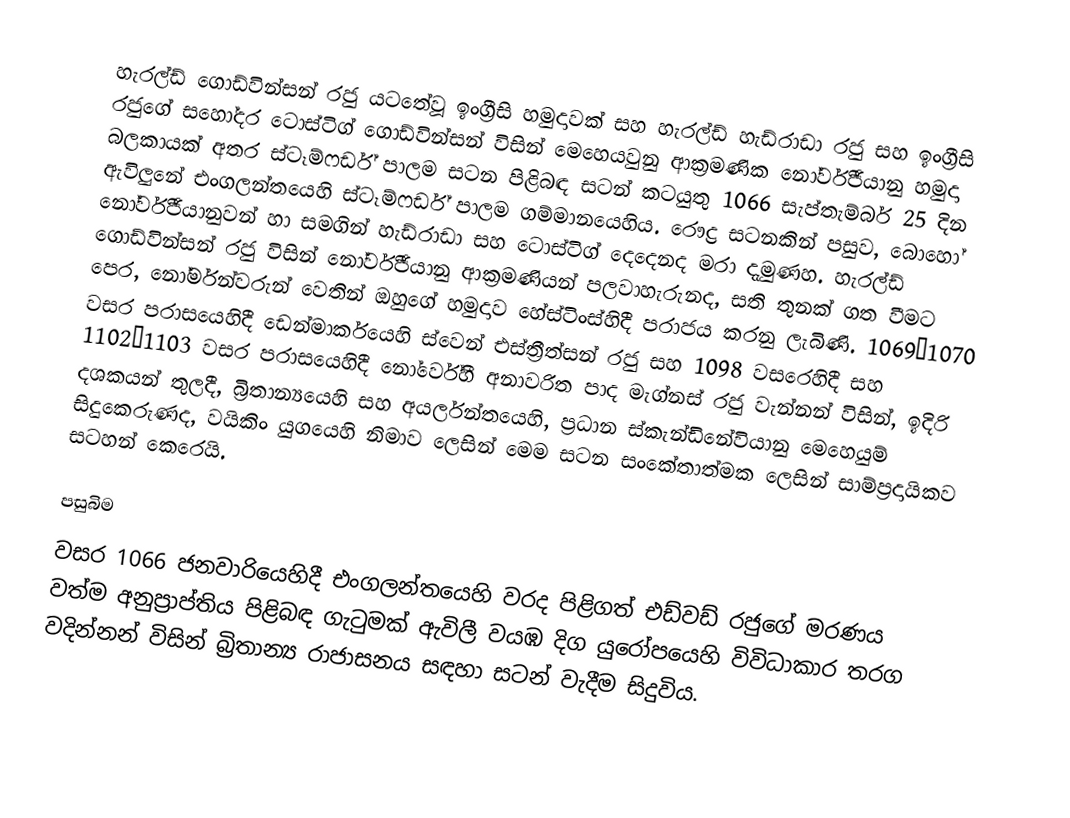
හැරල්ඩ් ගොඩ්වින්සන් රජු යටතේවූ ඉංග්‍රීසි හමුදාවක් සහ හැරල්ඩ් හැඩ්රාඩා රජු සහ ඉංග්‍රීසි රජුගේ සහෝදර  ටොස්ටිග් ගොඩ්වින්සන් විසින් මෙහෙයවුනු ආක්‍රමණික නෝර්වීජියානු හමුදා බලකායක් අතර ස්ටෑම්ෆර්ඩ් පාලම සටන පිළිබඳ සටන් කටයුතු 1066 සැප්තැම්බර් 25 දින ඇවිලුනේ  එංගලන්තයෙහි  ස්ටෑම්ෆර්ඩ් පාලම ගම්මානයෙහිය. රෞද්‍ර සටනකින් පසුව, බොහෝ නෝර්වීජියානුවන් හා සමගින් හැඩ්රාඩා සහ ටොස්ටිග් දෙදෙනද මරා දැමුණහ. හැරල්ඩ් ගොඩ්වින්සන් රජු විසින් නෝර්වීජියානු ආක්‍රමණියන් පලවාහැරුනද, සති තුනක් ගත වීමට පෙර, නෝර්මන්වරුන් වෙතින් ඔහුගේ හමුදාව  හේස්ටිංස්හිදී පරාජය කරනු ලැබිණි. 1069–1070 වසර පරාසයෙහිදී  ඩෙන්මාර්කයෙහි ස්වෙන් එස්ත්‍රීත්සන් රජු සහ  1098 වසරෙහිදී සහ 1102–1103 වසර පරාසයෙහිදී නෝර්වේහී අනාවරිත පාද මැග්නස් රජු වැන්නන් විසින්, ඉදිරි දශකයන් තුලදී, බ්‍රිතාන්‍යයෙහි සහ අයර්ලන්තයෙහි, ප්‍රධාන ස්කැන්ඩිනේවියානු මෙහෙයුම්  සිදුකෙරුණද, වයිකිං යුගයෙහි නිමාව ලෙසින් මෙම සටන සංකේතාත්මක ලෙසින් සාම්ප්‍රදායිකව සටහන් කෙරෙයි.

පසුබිම
වසර 1066 ජනවාරියෙහිදී  එංගලන්තයෙහි  වරද පිළිගත් එඩ්වඩ් රජුගේ මරණය වත්ම අනුප්‍රාප්තිය පිළිබඳ ගැටුමක් ඇවිලී  වයඹ දිග යුරෝපයෙහි විවිධාකාර  තරග වදින්නන් විසින් බ්‍රිතාන්‍ය රාජාසනය සඳහා සටන් වැදීම සිදුවිය.